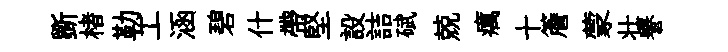
斵楮勒工涵碧什帶堅設詰碔兢癘十簷蒙壮譽